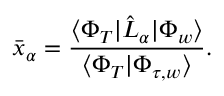
\bar { x } _ { \alpha } = \frac { \langle \Phi _ { T } | \hat { L } _ { \alpha } | \Phi _ { w } \rangle } { \langle \Phi _ { T } | \Phi _ { \tau , w } \rangle } .